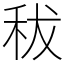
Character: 秡